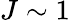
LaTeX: J\sim 1